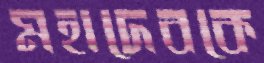
মহাদেবকে